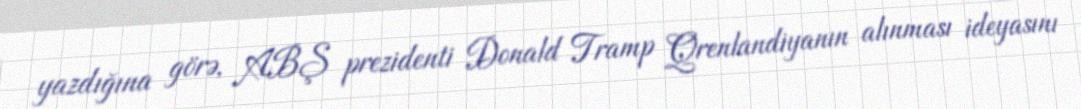
yazdığına görə, ABŞ prezidenti Donald Tramp Qrenlandiyanın alınması ideyasını